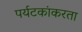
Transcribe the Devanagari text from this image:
पर्यटकांकरता